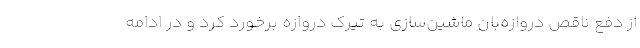
از دفع ناقص دروازه‌بان ماشین‌سازی به تیرک دروازه برخورد کرد و در ادامه